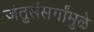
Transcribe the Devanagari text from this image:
जंतुसंसर्गांमुळे